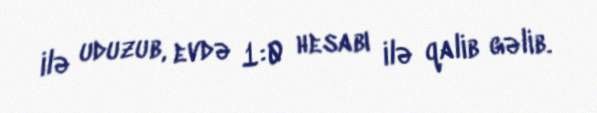
ilə uduzub, evdə 1:0 hesabı ilə qalib gəlib.